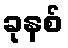
ခုနစ်